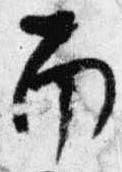
南